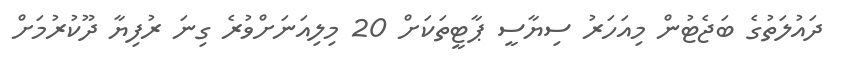
ދައުލަތުގެ ބަޖެޓުން މިއަހަރު ސިޔާސީ ޕާޓީތަކަށް 20 މިލިއަނަށްވުރެ ގިނަ ރުފިޔާ ދޫކުރުމަށް